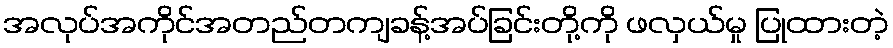
အလုပ်အကိုင်အတည်တကျခန့်အပ်ခြင်းတို့ကို ဖလှယ်မှု ပြုထားတဲ့